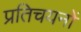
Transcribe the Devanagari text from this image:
प्रतिचयनों